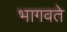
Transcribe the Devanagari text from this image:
भागवते